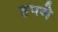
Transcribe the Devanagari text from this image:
हपने